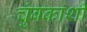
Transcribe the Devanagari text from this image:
चुंबकाशी